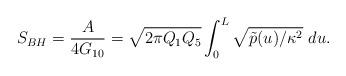
LaTeX: \begin{align*}S_{BH} = {A \over {4G_{10}}} = \sqrt{2\pi Q_1Q_5} \int_0^L \sqrt{\tilde{p}(u)/\kappa^2}\ du.\end{align*}